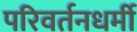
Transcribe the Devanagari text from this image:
परिवर्तनधर्मी